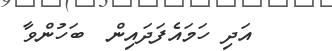
އަދި ހަމައެފަދައިން  ބަހުންވާ